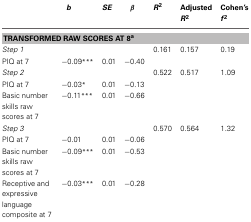
|  | b | SE | β | R2 | Adjusted R2 | Cohen's f2 |
 | --- | --- | --- | --- | --- | --- | --- |
 | <COLSPAN=7> TRANSFORMED RAW SCORES AT 8a |
 | Step 1 |  |  |  | 0.161 | 0.157 | 0.19 |
 | PIQ at 7 | −0.09*** | 0.01 | −0.40 |  |  |  |
 | Step 2 |  |  |  | 0.522 | 0.517 | 1.09 |
 | PIQ at 7 | −0.03* | 0.01 | −0.13 |  |  |  |
 | Basic number skills raw scores at 7 | −0.11*** | 0.01 | −0.66 |  |  |  |
 | Step 3 |  |  |  | 0.570 | 0.564 | 1.32 |
 | PIQ at 7 | −0.01 | 0.01 | −0.06 |  |  |  |
 | Basic number skills raw scores at 7 | −0.09*** | 0.01 | −0.53 |  |  |  |
 | Receptive and expressive language composite at 7 | −0.03*** | 0.01 | −0.28 |  |  |  |